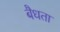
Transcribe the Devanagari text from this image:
बैधता